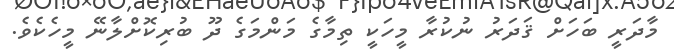
މާދަރީ ބަހަށް ޤަދަރު ނުކުރާ މީހަކީ ތިމާގެ މަންމަގެ ދޫ ބުރިކޮށްލާނޭ މީހެކެވެ.